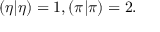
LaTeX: ( \eta | \eta ) = 1 , ( \pi | \pi ) = 2 .